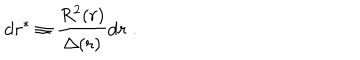
\mathrm { d } r ^ { * } \equiv \frac { R ^ { 2 } ( r ) } { \Delta ( r ) } \mathrm { d } r \; .